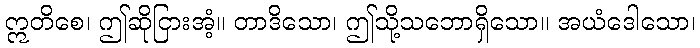
ဣတိစေ၊ ဤဆိုငြားအံ့။ တာဒိသော၊ ဤသို့သဘောရှိသော။ အယံဒေါသော၊